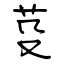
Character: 芟